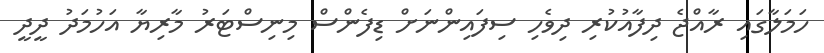
ހަމަލާގައި ރާއްޖެ ދިފާއުކުރި ދިވެހި ސިފައިންނަށް ޑިފެންސް މިނިސްޓަރު މާރިޔާ އަހުމަދު ދީދީ